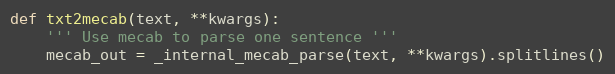
Language: Python
def txt2mecab(text, **kwargs):
    ''' Use mecab to parse one sentence '''
    mecab_out = _internal_mecab_parse(text, **kwargs).splitlines()